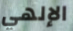
الإلهي